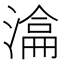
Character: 𣼕